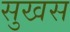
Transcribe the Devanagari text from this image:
सुखस